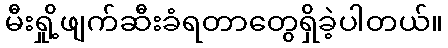
မီးရှို့ဖျက်ဆီးခံရတာတွေရှိခဲ့ပါတယ်။